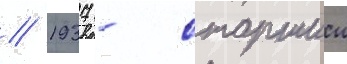
// 1937 - старшии